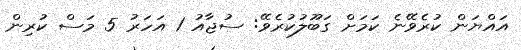
އައްޔަން ކުރެވޭނެ ކަމަށް ގަބޫލުކުރެވޭ: ސުޖާއު 1 އަހަރު 5 މަސް ކުރިން